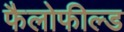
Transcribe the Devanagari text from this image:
फैलोफील्ड